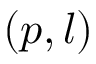
( p , l )